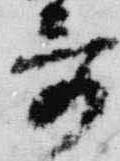
哥